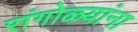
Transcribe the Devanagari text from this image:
रांगोळ्यांना